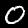
Digit: 0